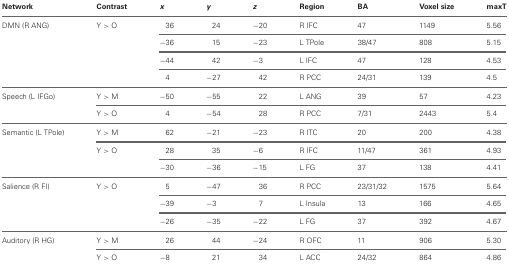
| Network | Contrast | x | y | z | Region | BA | Voxel size | maxT |
 | --- | --- | --- | --- | --- | --- | --- | --- | --- |
 | DMN (R ANG) | Y > O | 36 | 24 | −20 | R IFC | 47 | 1149 | 5.56 |
 |  |  | −36 | 15 | −23 | L TPole | 38/47 | 808 | 5.15 |
 |  |  | −44 | 42 | −3 | L IFC | 47 | 128 | 4.53 |
 |  |  | 4 | −27 | 42 | R PCC | 24/31 | 139 | 4.5 |
 | Speech (L IFGo) | Y > M | −50 | −55 | 22 | L ANG | 39 | 57 | 4.23 |
 |  | Y > O | 4 | −54 | 28 | R PCC | 7/31 | 2443 | 5.4 |
 | Semantic (L TPole) | Y > M | 62 | −21 | −23 | R ITC | 20 | 200 | 4.38 |
 |  | Y > O | 28 | 35 | −6 | R IFC | 11/47 | 361 | 4.93 |
 |  |  | −30 | −36 | −15 | L FG | 37 | 138 | 4.41 |
 | Salience (R FI) | Y > O | 5 | −47 | 36 | R PCC | 23/31/32 | 1575 | 5.64 |
 |  |  | −39 | −3 | 7 | L Insula | 13 | 166 | 4.65 |
 |  |  | −26 | −35 | −22 | L FG | 37 | 392 | 4.67 |
 | Auditory (R HG) | Y > M | 26 | 44 | −24 | R OFC | 11 | 906 | 5.30 |
 |  | Y > O | −8 | 21 | 34 | L ACC | 24/32 | 864 | 4.86 |